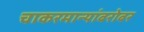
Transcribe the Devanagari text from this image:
चाकरमान्यांबरोबर